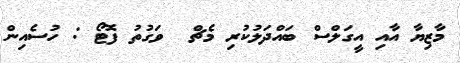
މާޒިޔާ އާއި އީގަލްސް ބައްދަލުކުރި މެޗް  ވަގުތު ފޮޓޯ : ހުސެއިން